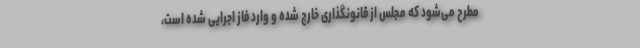
مطرح می‌شود که مجلس از قانونگذاری خارج شده و وارد فاز اجرایی شده است،